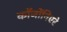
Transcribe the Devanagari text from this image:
कॉजोंनिएरे